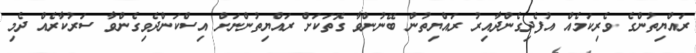
ރައްޔިތުންގެ ވެރިކަމެއް އުފެދިގެންދާއިރު ރައްޔިތުން ބޭނުންވާ ގޮތަކަށް ރައްޔިތުންނަށް އިސްކަންދެވިގެންވާ ސަރުކާރެއް ދެމި